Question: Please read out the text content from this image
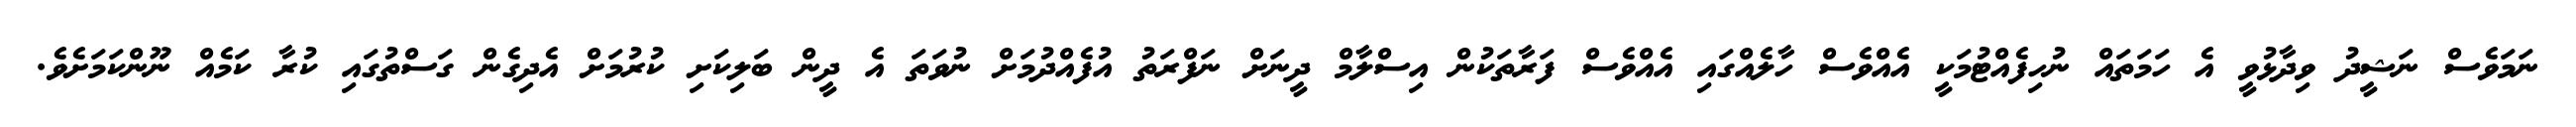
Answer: ނަމަވެސް ނަޝީދު ވިދާޅުވީ އެ ހަމަތައް ނުހިފެއްޓުމަކީ އެއްވެސް ހާލެއްގައި އެއްވެސް ފަރާތަކުން އިސްލާމް ދީނަށް ނަފްރަތު އުފެއްދުމަށް ނުވަތަ އެ ދީން ބަލިކަށި ކުރުމަށް އެދިގެން ގަސްތުގައި ކުރާ ކަމެއް ނޫންކަމަށެވެ.